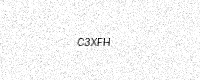
Text: C3XFH